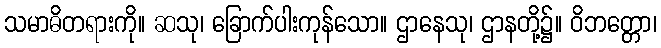
သမာဓိတရားကို။ ဆသု၊ ခြောက်ပါးကုန်သော။ ဌာနေသု၊ ဌာနတို့၌။ ဝိဘတ္တော၊